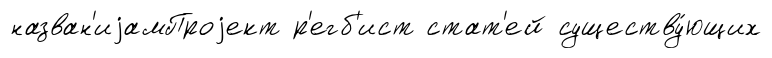
назван'иjамПроjект р'егб'ист стат'ей существу́ющих